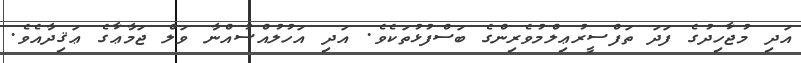
އަދި މުޖާހިދުގެ ފަދަ ތަފްސީރުޢިލްމުވެރިންގެ ބަސްފުޅުތަކެވެ. އަދި އަހުލުއްސުއްނާ ވަލް ޖަމާޢާގެ ޢަޤިދާއެވެ.